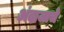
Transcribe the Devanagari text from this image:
अंदाजाचे